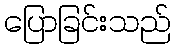
ပြောခြင်းသည်